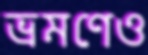
ভ্রমণেও